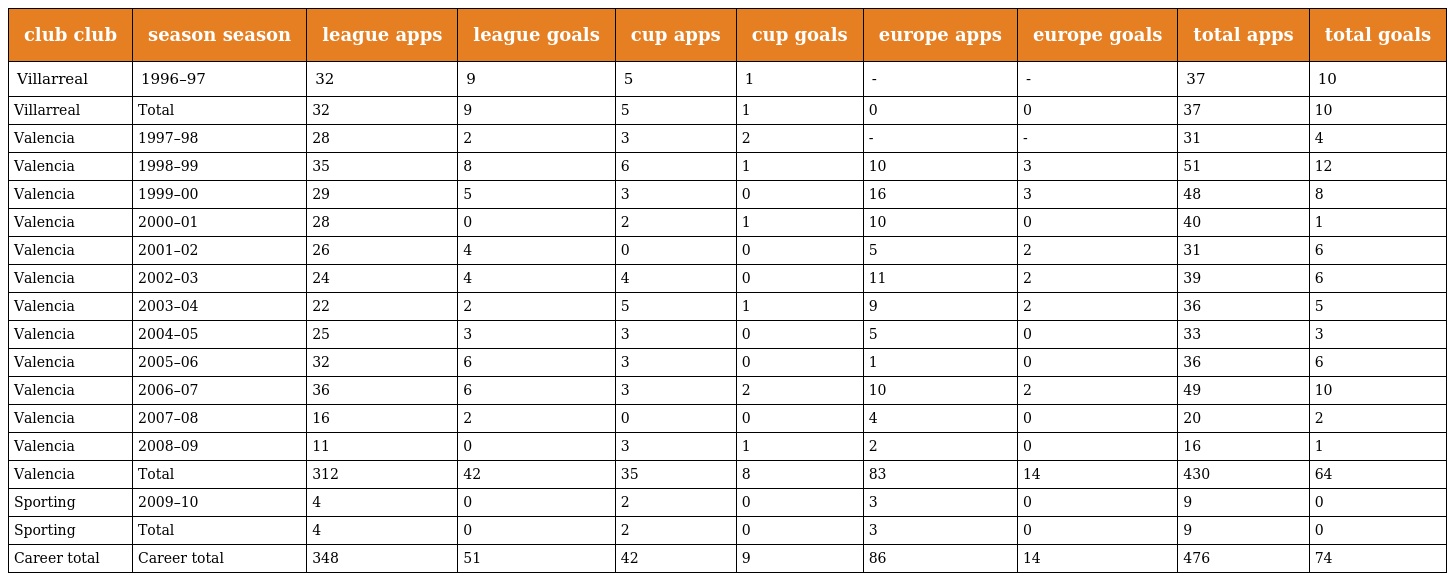
| club club | season season | league apps | league goals | cup apps | cup goals | europe apps | europe goals | total apps | total goals |
 | --- | --- | --- | --- | --- | --- | --- | --- | --- | --- |
 | Villarreal | 1996–97 | 32 | 9 | 5 | 1 | - | - | 37 | 10 |
 | Villarreal | Total | 32 | 9 | 5 | 1 | 0 | 0 | 37 | 10 |
 | Valencia | 1997–98 | 28 | 2 | 3 | 2 | - | - | 31 | 4 |
 | Valencia | 1998–99 | 35 | 8 | 6 | 1 | 10 | 3 | 51 | 12 |
 | Valencia | 1999–00 | 29 | 5 | 3 | 0 | 16 | 3 | 48 | 8 |
 | Valencia | 2000–01 | 28 | 0 | 2 | 1 | 10 | 0 | 40 | 1 |
 | Valencia | 2001–02 | 26 | 4 | 0 | 0 | 5 | 2 | 31 | 6 |
 | Valencia | 2002–03 | 24 | 4 | 4 | 0 | 11 | 2 | 39 | 6 |
 | Valencia | 2003–04 | 22 | 2 | 5 | 1 | 9 | 2 | 36 | 5 |
 | Valencia | 2004–05 | 25 | 3 | 3 | 0 | 5 | 0 | 33 | 3 |
 | Valencia | 2005–06 | 32 | 6 | 3 | 0 | 1 | 0 | 36 | 6 |
 | Valencia | 2006–07 | 36 | 6 | 3 | 2 | 10 | 2 | 49 | 10 |
 | Valencia | 2007–08 | 16 | 2 | 0 | 0 | 4 | 0 | 20 | 2 |
 | Valencia | 2008–09 | 11 | 0 | 3 | 1 | 2 | 0 | 16 | 1 |
 | Valencia | Total | 312 | 42 | 35 | 8 | 83 | 14 | 430 | 64 |
 | Sporting | 2009–10 | 4 | 0 | 2 | 0 | 3 | 0 | 9 | 0 |
 | Sporting | Total | 4 | 0 | 2 | 0 | 3 | 0 | 9 | 0 |
 | Career total | Career total | 348 | 51 | 42 | 9 | 86 | 14 | 476 | 74 |